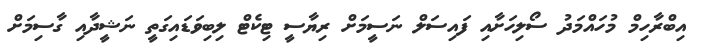
އިބްރާހިމް މުހައްމަދު ސޯލިހަށާއި ފައިސަލް ނަސީމަށް ރިޔާސީ ޓިކެޓް ލިބިވަޑައިގަތީ ނަޝީދާއި ގާސިމަށް